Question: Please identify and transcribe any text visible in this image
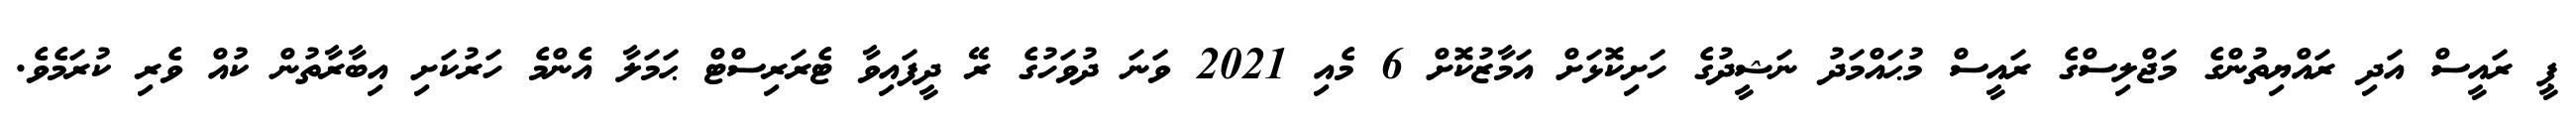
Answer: ޕީ ރައީސް އަދި ރައްޔިތުންގެ މަޖްލިސްގެ ރައީސް މުޙައްމަދު ނަޝީދުގެ ހަށިކޮޅަށް އަމާޒުކޮށް 6 މެއި 2021 ވަނަ ދުވަހުގެ ރޭ ދީފައިވާ ޓެރަރިސްޓް ޙަމަލާ އެންމެ ހަރުކަށި އިބާރާތުން ކުއް ވެރި ކުރަމެވެ.